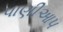
પાણીઆપ